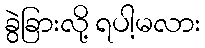
ခွဲခြားလို့ ရပါ့မလား